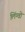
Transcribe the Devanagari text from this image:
लिंग्वो